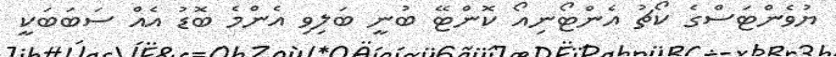
ޔުވެންޓަސްގެ ކޯޗު އެންޓޯނިއޯ ކޮންޓޭ ބުނީ ބަލިވި އެންމެ ބޮޑު އެއް ސަބަބަކީ